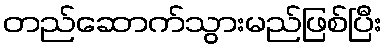
တည်ဆောက်သွားမည်ဖြစ်ပြီး